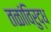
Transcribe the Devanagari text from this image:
तळांविरुद्ध